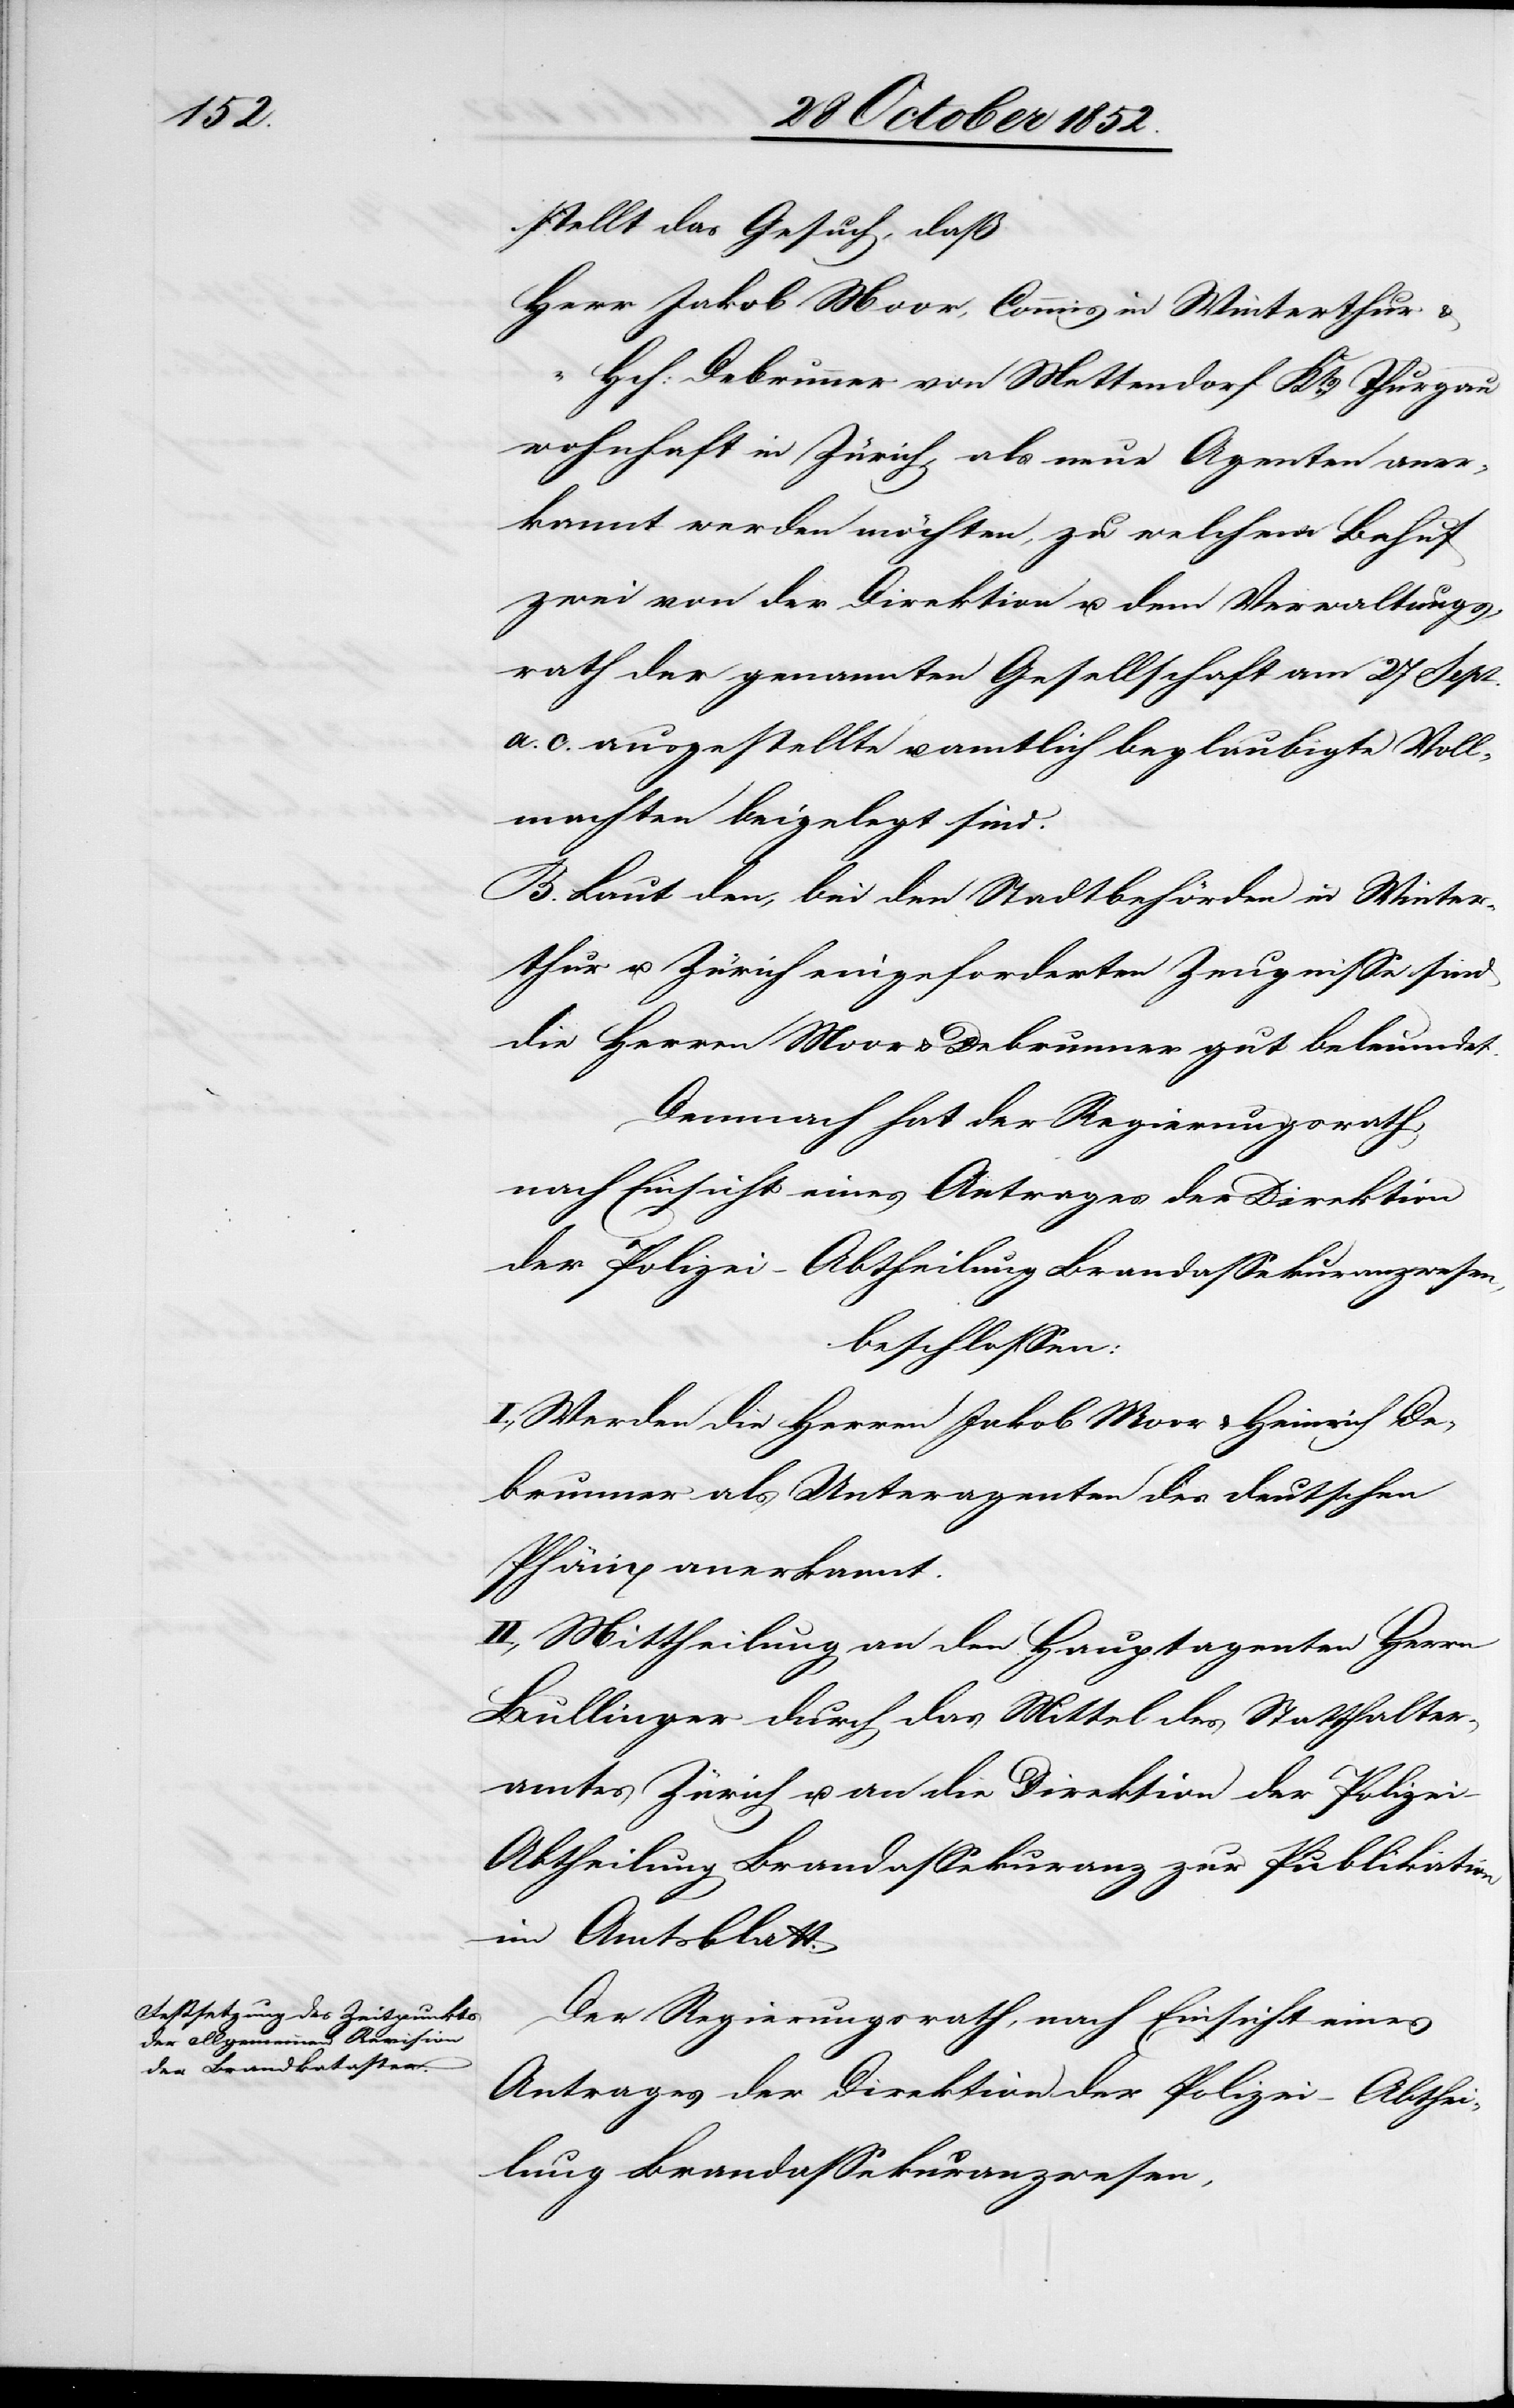
stellt das Gesuch, daß
Herr Jakob Moor, Commis in Winterthur &
Hch: Debrunner von Mettendorf Kts. Thurgau
wohnhaft in Zürich, als neue Agenten aner¬
kannt werden möchten, zu welchem Behuf
zwei von der Direktion u. dem Verwaltungs¬
rath der genannten Gesellschaft am 27 Sept.
a. c. ausgestellte u. amtlich beglaubigte Voll¬
machten beigelegt sind.
B. Laut den, bei den Stadtbehörden in Winter¬
thur u. Zürich eingeforderten Zeugnisse[n] sind
die Herren Moor & Debrunner gut beleumdet.
Demnach hat der Regierungsrath,
nach Einsicht eines Antrages der Direktion
der Polizei – Abtheilung Brandassekuranzwesen,
beschlossen:
I., Werden die Herren Jakob Moor & Heinrich De¬
brunner als Unteragenten des deutschen
Phönix anerkannt.
II., Mittheilung an den Hauptagenten Herrn
Bullinger durch das Mittel des Statthalter¬
amtes Zürich u. an die Direktion der Polizei
Abtheilung Brandassekuranz zur Publikation
im Amtsblatt.
Der Regierungsrath, nach Einsicht eines
Antrages der Direktion der Polizei – Abthei¬
lung Brandassekuranzwesen,